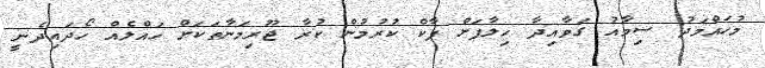
މުހައްމަދު ސިމާއު ގަވާއިދާ ހިލާފަށް ޕާކް ކުރުމުން ކުރާ ޖޫރިމަނާތަކަށް ހައްލެއް ހޯދައިދެނީ